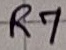
Text: R7